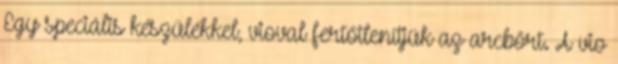
Egy speciális készülékkel, vioval fertőtlenítjük az arcbőrt. A vio